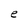
Character: e